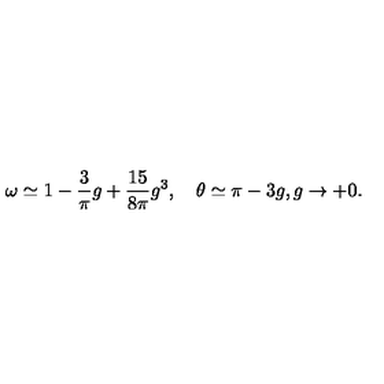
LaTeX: \omega \simeq 1 - \frac 3 \pi g + \frac { 1 5 } { 8 \pi } g ^ { 3 } , \quad \theta \simeq \pi - 3 g , g \to + 0 .